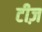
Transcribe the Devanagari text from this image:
टीज़